Document type: Oath
Year: 1447
Scribe: Pere Figuerola
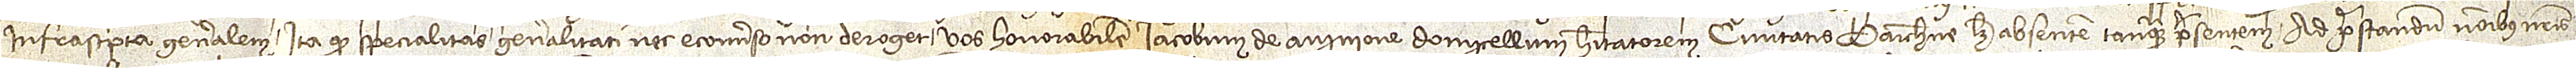
infrascripta generalem, ita quod specialitas generalitati nec econverso non deroget, vos honorabilem Iacobum de Avinione, domicellum habitatorem civitatis Barchinone, licet absentem tanquam presentem, ad prestandum nominibus nostris